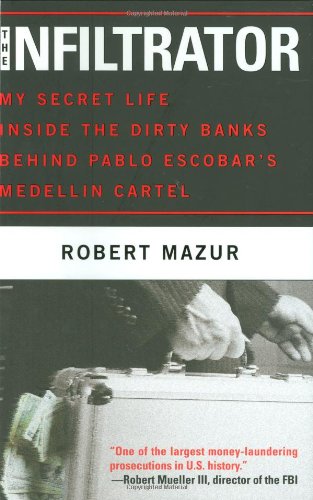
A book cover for The Infiltrator: My Secret Life Inside the Dirty Banks Behind Pablo Escobar's MedellÃ­n Cartel; Robert Mazur; Business & Money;